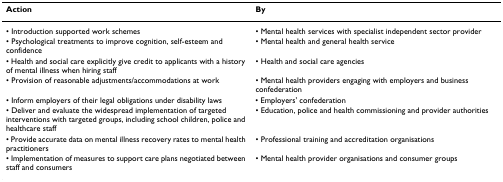
<table><thead><tr><td><b>Action</b></td><td><b>By</b></td></tr></thead><tbody><tr><td>• Introduction supported work schemes</td><td>• Mental health services with specialist independent sector provider</td></tr><tr><td>• Psychological treatments to improve cognition, self-esteem and confidence</td><td>• Mental health and general health service</td></tr><tr><td>• Health and social care explicitly give credit to applicants with a history of mental illness when hiring staff</td><td>• Health and social care agencies</td></tr><tr><td>• Provision of reasonable adjustments/accommodations at work</td><td>• Mental health providers engaging with employers and business confederation</td></tr><tr><td>• Inform employers of their legal obligations under disability laws</td><td>• Employers&#x27; confederation</td></tr><tr><td>• Deliver and evaluate the widespread implementation of targeted interventions with targeted groups, including school children, police and healthcare staff</td><td>• Education, police and health commissioning and provider authorities</td></tr><tr><td>• Provide accurate data on mental illness recovery rates to mental health practitioners</td><td>• Professional training and accreditation organisations</td></tr><tr><td>• Implementation of measures to support care plans negotiated between staff and consumers</td><td>• Mental health provider organisations and consumer groups</td></tr></tbody></table>